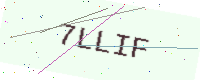
Text: 7LLIF